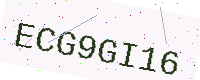
Text: ECG9GI16